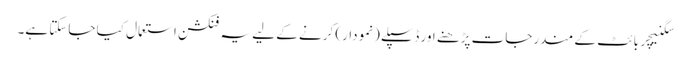
سگنیچر بائٹ کے مندرجات پڑھنے اور ڈسپلے (نمودار) کرنے کے لیے یہ فنکشن استعمال کیا جاسکتا ہے۔